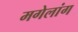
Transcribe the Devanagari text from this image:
मगेलांग